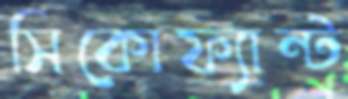
সিকোফ্যান্ট